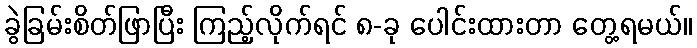
ခွဲခြမ်းစိတ်ဖြာပြီး ကြည့်လိုက်ရင် ၈-ခု ပေါင်းထားတာ တွေ့ရမယ်။